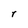
Character: r